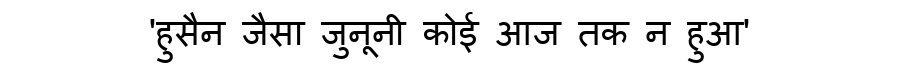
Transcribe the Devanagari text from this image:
'हुसैन जैसा जुनूनी कोई आज तक न हुआ'